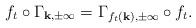
LaTeX: \begin{align*}f_t \circ \Gamma_{\mathbf{k},\pm\infty} = \Gamma_{f_t(\mathbf{k}),\pm\infty} \circ f_t.\end{align*}